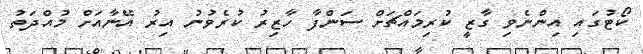
ކޯޓުގައި އިންނެވި ގާޒީ ކުރިމައްޗަށް ސަންފާ ހާޒިރު ކުރެވުނު އިރު އޭނާއަށް މުއްދަތު